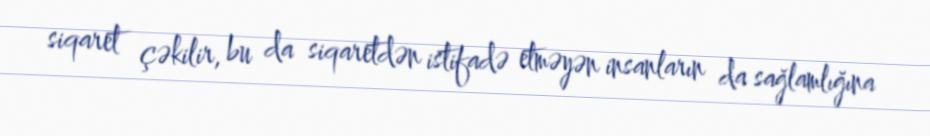
siqaret çəkilir, bu da siqaretdən istifadə etməyən insanların da sağlamlığına